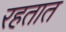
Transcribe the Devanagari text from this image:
रहतात